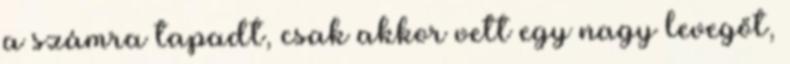
a számra tapadt, csak akkor vett egy nagy levegőt,